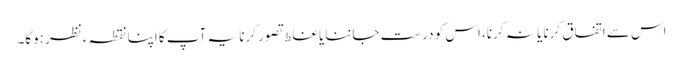
اس سے اتفاق کرنا یا نہ کرنا، اس کو درست جاننا یا غلط تصور کرنا یہ آپ کا اپنا نقطہ ءنظر ہوگا۔